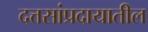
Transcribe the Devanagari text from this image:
दत्तसांप्रदायातील